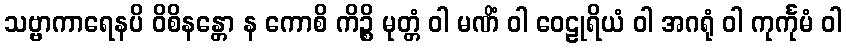
သဗ္ဗာကာရေနပိ ဝိစိနန္တော န ကောစိ ကိဉ္စိ မုတ္တံ ဝါ မဏိံ ဝါ ဝေဠုရိယံ ဝါ အဂရုံ ဝါ ကုင်္ကုမံ ဝါ